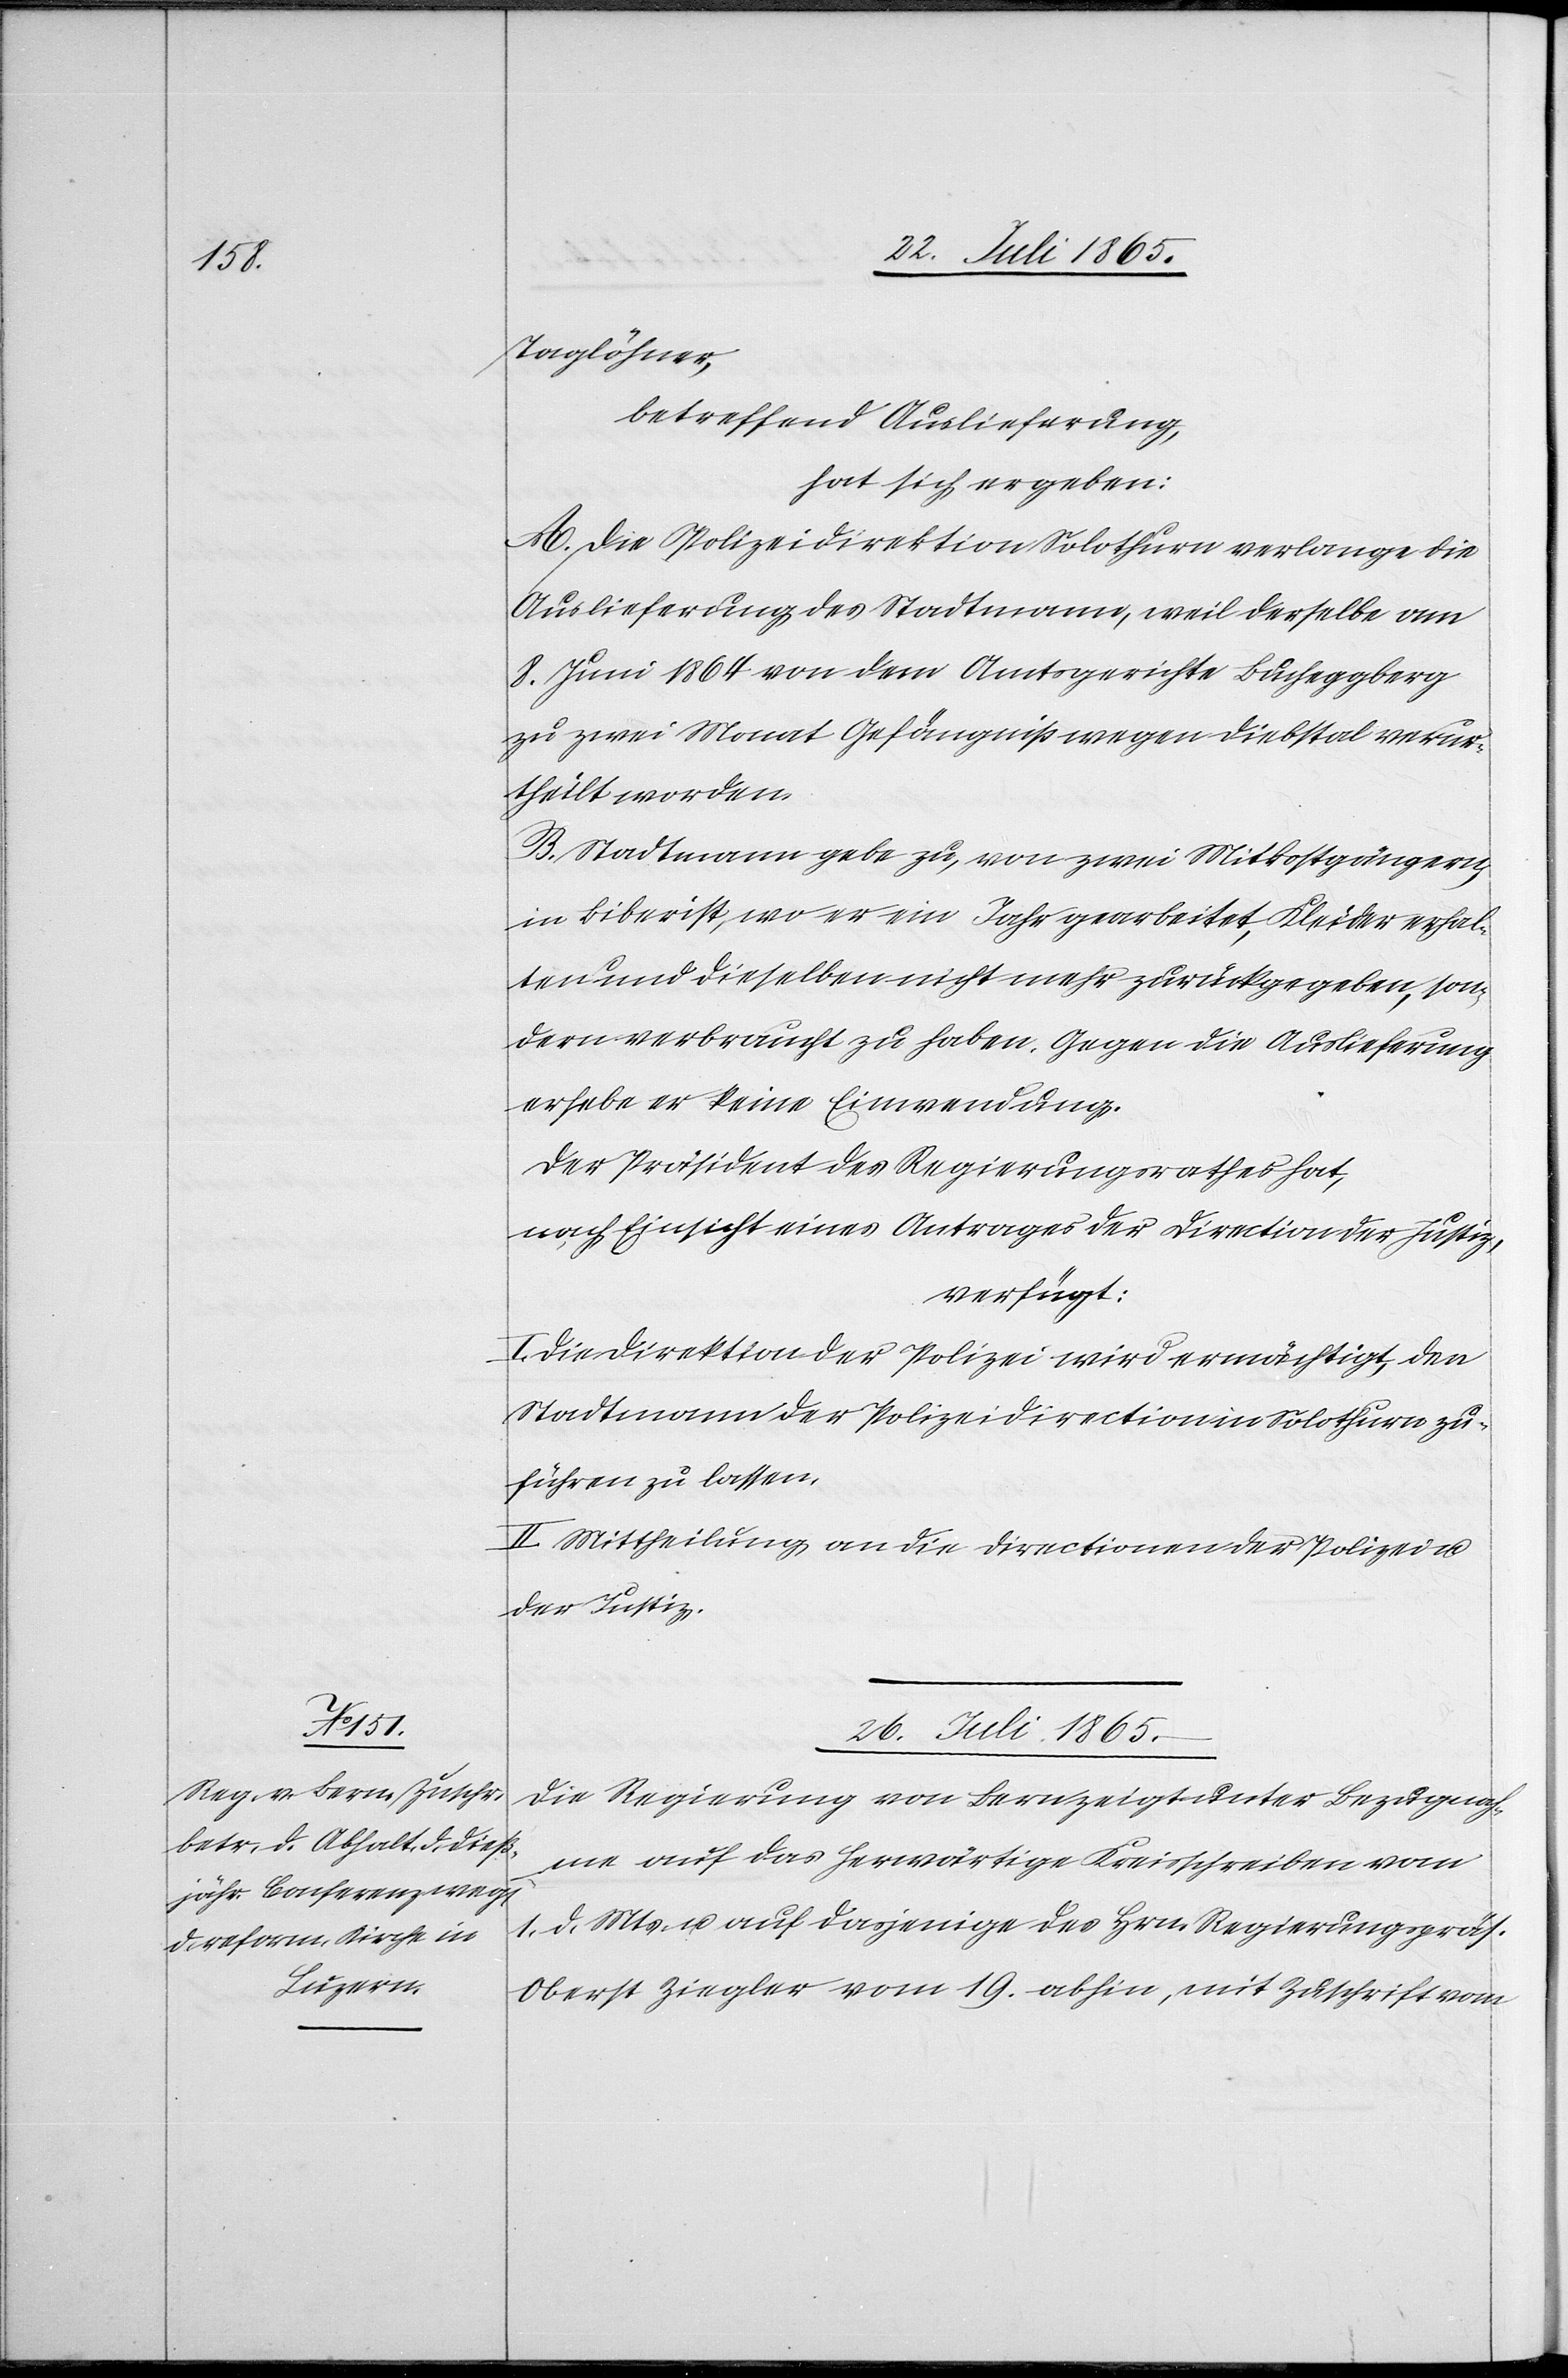
Taglöhner,
betreffend Auslieferung,
hat sich ergeben:
A. Die Polizeidirektion Solothurn verlange die
Auslieferung des Stadtmann, weil derselbe am
8. Juni 1864 von dem Amtsgerichte Bucheggberg
zu zwei Monat Gefängniß wegen Diebstal verur¬
theilt worden.
B. Stadtmann gebe zu, von zwei Mitkostgängern,
in Biberist, wo er ein Jahr gearbeitet, Kleider erhal¬
ten und dieselben nicht mehr zurückgegeben, son¬
dern verbraucht zu haben. Gegen die Auslieferung
erhebe er keine Einwendung.
Der Präsident des Regierungsrathes hat,
nach Einsicht eines Antrages der Direction der Justiz,
verfügt:
I. Die Direktion der Polizei wird ermächtigt, den
Stadtmann der Polizeidirection in Solothurn zu¬
führen zu lassen.
II. Mittheilung an die Directionen der Polizei u.
der Justiz.
26. Juli 1865.
Die Regierung von Bern zeigt unter Bezugnah¬
me auf das herwärtige Kreisschreiben vom
1. d. Mts. u. auf dasjenige des Hrn. Regierungspräs.
Oberst Ziegler vom 19. abhin, mit Zuschrift vom